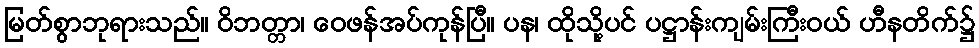
မြတ်စွာဘုရားသည်။ ဝိဘတ္တာ၊ ဝေဖန်အပ်ကုန်ပြီ။ ပန၊ ထိုသို့ပင် ပဋ္ဌာန်းကျမ်းကြီးဝယ် ဟီနတိက်၌